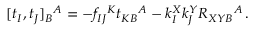
[ t _ { I } , t _ { J } ] _ { B } { } ^ { A } = - f _ { I J } { } ^ { K } t _ { K B } { } ^ { A } - k _ { I } ^ { X } k _ { J } ^ { Y } { \cal R } _ { X Y B } { } ^ { A } \, .